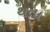
થતા